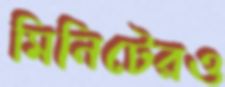
মিনিটেরও